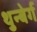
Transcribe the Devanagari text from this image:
थुन्बेर्ग